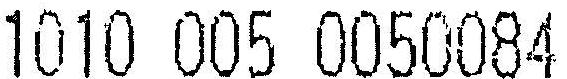
1010 005 0050084